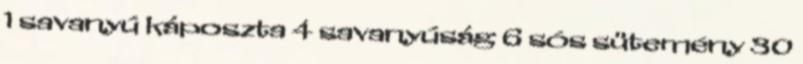
1 savanyú káposzta 4 savanyúság 6 sós sütemény 30